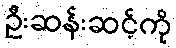
ဦးဆန်းဆင့်ကို